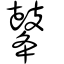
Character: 𪔔